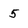
Character: 5